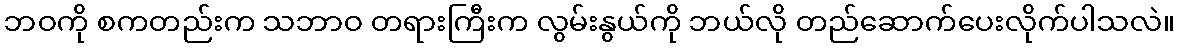
ဘဝကို စကတည်းက သဘာဝ တရားကြီးက လွမ်းနွယ်ကို ဘယ်လို တည်ဆောက်ပေးလိုက်ပါသလဲ။